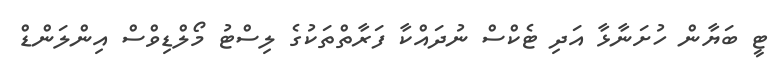
ޓީ ބަޔާން ހުށަނާޅާ އަދި ޓެކްސް ނުދައްކާ ފަރާތްތަކުގެ ލިސްޓު މޯލްޑިވްސް އިންލަންޑް